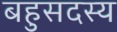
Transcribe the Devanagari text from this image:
बहुसदस्य